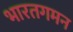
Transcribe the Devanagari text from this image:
भारतगमन